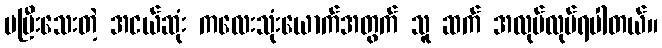
မပြီးသေးတဲ့ အငယ်ဆုံး ကလေးသုံးယောက်အတွက် သူ ဆက် အလုပ်လုပ်ရပါတယ်။